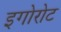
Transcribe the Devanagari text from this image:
इगोरोट